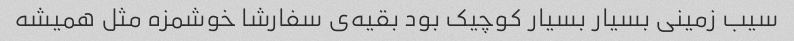
سیب زمینی بسیار بسیار کوچیک بود بقیه‌ی سفارشا خوشمزه مثل همیشه